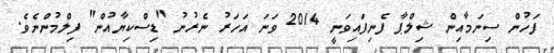
ފަހުން ސިނަމާއިން ޝިލްޕާ ފެނިފައިވަނީ 2014 ވަނަ އަހަރު ނެރުނު "ޑިސްކިޔާއުން" ފިލްމުންނެވެ.